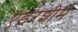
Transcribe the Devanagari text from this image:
एडरशीम